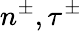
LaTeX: n^{\pm},\tau^{\pm}